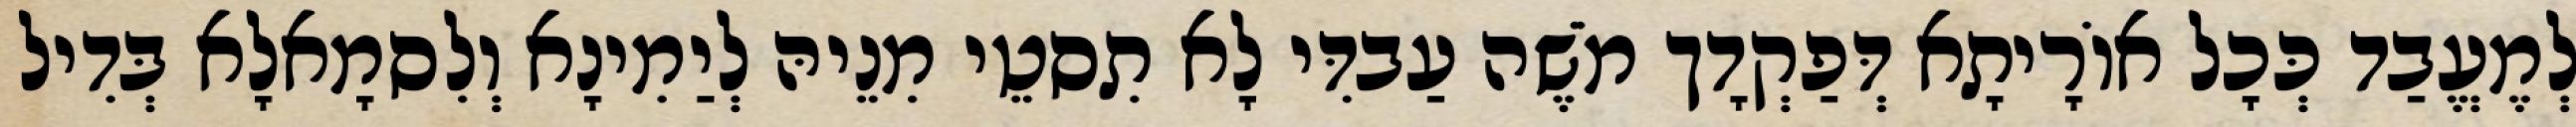
לְמֶעֱבַד כְּכָל אוֹרָיתָא דְּפַקְדָך מֹשֶׁה עַבדִּי לָא תִסטֵי מִנֵיהּ לְיַמִינָא וְלִסמָאלָא בְּדִיל